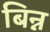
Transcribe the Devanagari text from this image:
बिन्न